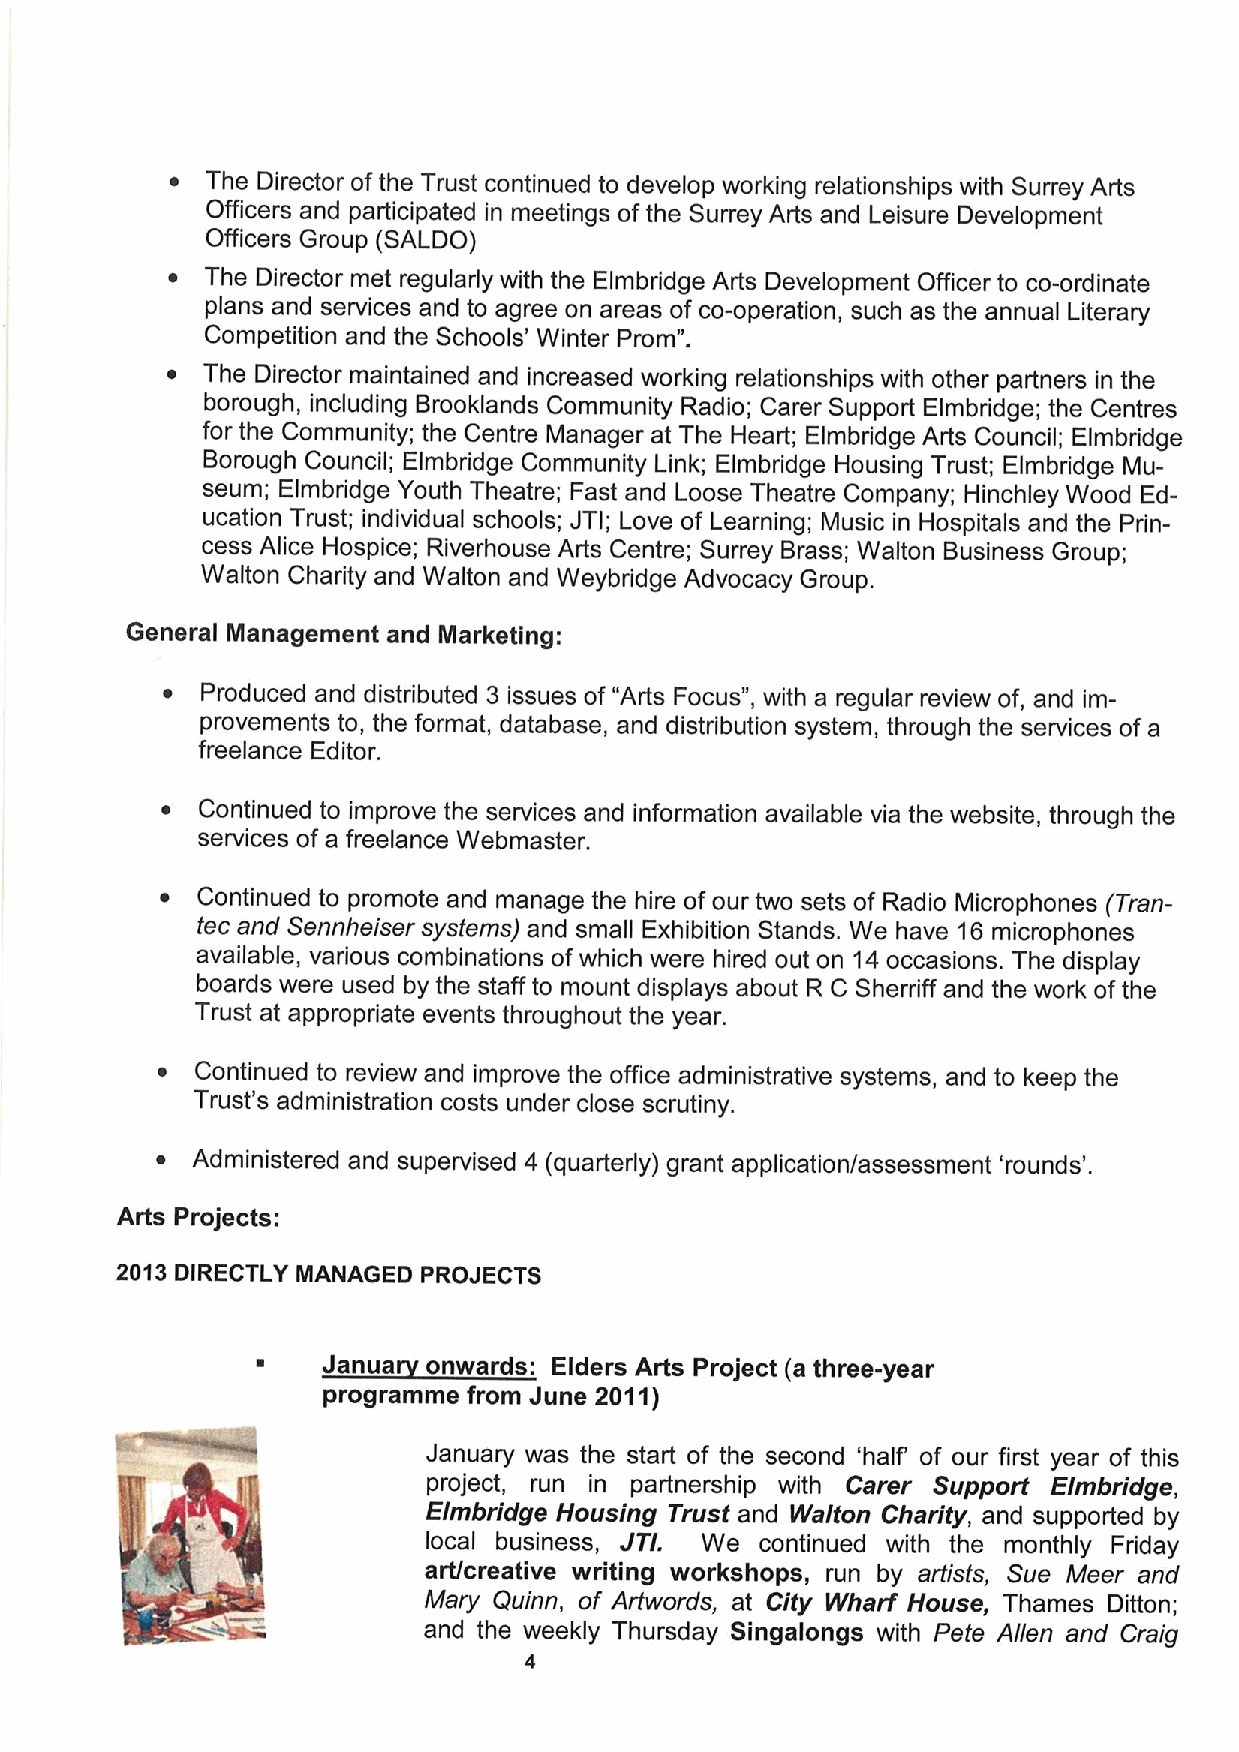
~  The Director ofthe Trust continued to develop working relationships with Surrey Arts
 Officers and participated in meetings of the Surrey Arts and Leisure Development
 Officers Group (SALDO)
 ~  The Director met regularly with the Elmbridge Arts Development Officer to co-ordinate
 plans and services and to agree on areas of co-operation, such as the annual Literary
 Competition and the Schools' Winter Prom".
 ~ The Director maintained and increased working relationships with other partners in the
 borough, including Brooklands Community Radio; Carer Support Elmbridge; the Centres
 for the Community; the Centre Manager at The Heart; Elmbridge Arts Council; Elmbridge
 Borough Council; Elmbridge Community Link; Elmbridge Housing Trust; Elmbridge Mu-
 seum; Elmbridge Youth Theatre; Fast and Loose Theatre Company; Hinchley Wood Ed-
 ucation Trust; individual schools; JTI; Love of Learning; Music in Hospitals and the Prin-
 cess Alice Hospice; Riverhouse Arts Centre; Surrey Brass; Walton Business Group;
 Walton Charity and Walton and Weybridge Advocacy Group.
 General Management and Marketing:
 ~ Produced and distributed 3 issues of "Arts Focus", with a regular review of, and im-
 provements to, the format, database, and distdbution system, through the services of a
 freelance Editor.
 ~ Continued to improve the services and information available via the website, through the
 services ofa freelance Webmaster.
 ~ Continued to promote and manage the hire ofour two sets of Radio Microphones (Tran-
 tec and Sennheiser systems) and small Exhibition Stands. We have 16microphones
 available, various combinations ofwhich were hired out on 14occasions. The display
 boards were used by the staff to mount displays about R C Sherriff and the work ofthe
 Trust at appropriate events throughout the year.
 ~  Continued to review and improve the office administrative systems, and to keep the
 Trust's administration costs under close scrutiny.
 ~  Administered and supervised 4 (quarterly) grant application/assessment 'rounds'.
 Arts Projects:
 2013DIRECTLY MANAGED PROJECTS
 ~   Janua  onwards: Elders Arts Project (a three-year
 programme from June 2011)
 January was the start of the second 'half of our first year of this
 project, run in partnership with Carer Support Elmbridge,
 Elmbridge Housing Trust and Walton Charity, and supported by
 local business, JTt. We continued with the monthly Friday
 art/creative writing workshops, run by artists, Sue Meer and
 Mary Quinn, of Artwords, at City Wharf House, Thames Ditton;
 and the weekly Thursday Singalongs with Pete Allen and Craig
 4